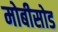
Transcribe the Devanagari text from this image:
मोबीसोड